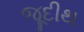
જૂદીથ